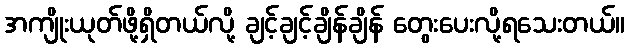
အကျိုးယုတ်ဖို့ရှိတယ်လို့ ချင့်ချင့်ချိန်ချိန် တွေးပေးလို့ရသေးတယ်။